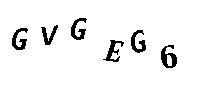
GVGEG6